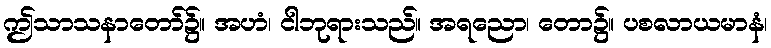
ဤသာသနာတော်၌။ အဟံ၊ ငါဘုရားသည်။ အရညော၊ တော၌။ ပစလာယမာနံ၊